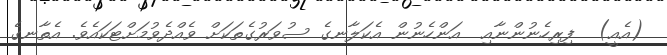
(އެއީ)  ފިރިހެނުންނާއި  އަންހެނުން އެކަލާނގެ ސުވަރުގެތަކަށް ވެއްދެވުމަށްޓަކައެވެ. އެތާނގެ